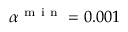
\alpha ^ { \mathrm { ~ m ~ i ~ n ~ } } = 0 . 0 0 1